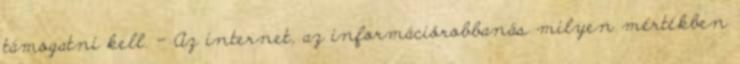
támogatni kell. – Az internet, az információrobbanás milyen mértékben